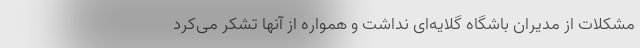
مشکلات از مدیران باشگاه گلایه‌ای نداشت و همواره از آنها تشکر می‌کرد